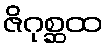
ဇိဂုစ္ဆထ